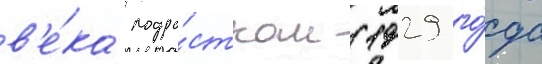
в'е́ка подро́стком (1929 го́да